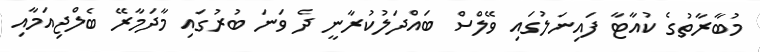
މުބާރާތުގެ ކުއާޓާ ފައިނަލުގައި ވޭލްސް ބައްދަލުކުރާނީ ދެ ވަނަ ބުރުގައި މާދަމާރޭ ބެލްޖިއަމާއި